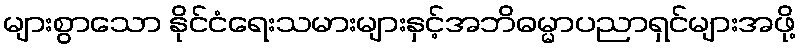
များစွာသော နိုင်ငံရေးသမားများနှင့်အဘိဓမ္မာပညာရှင်များအဖို့